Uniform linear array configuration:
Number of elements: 48
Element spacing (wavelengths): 1
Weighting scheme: hamming
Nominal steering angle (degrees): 30
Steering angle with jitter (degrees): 28.589
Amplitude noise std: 0.05
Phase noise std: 0.05

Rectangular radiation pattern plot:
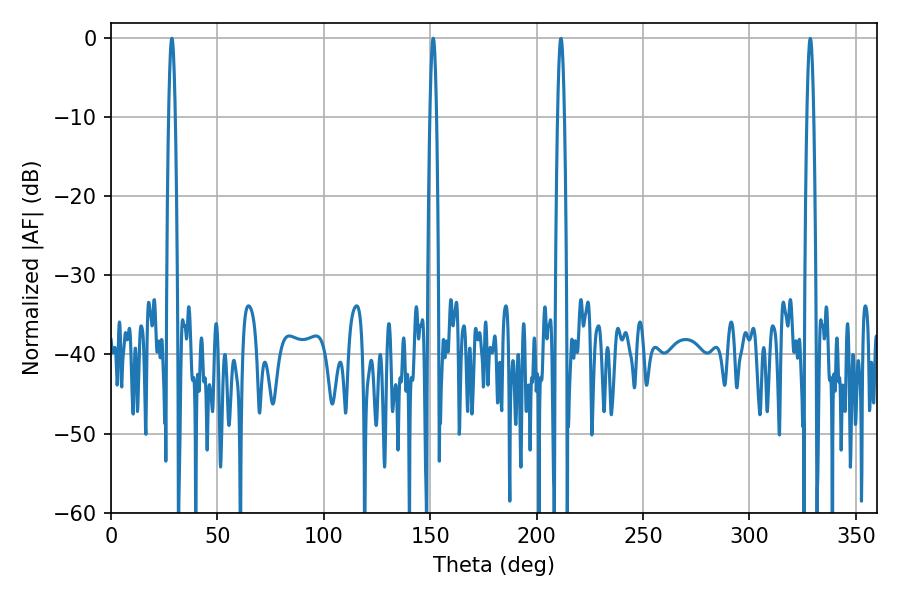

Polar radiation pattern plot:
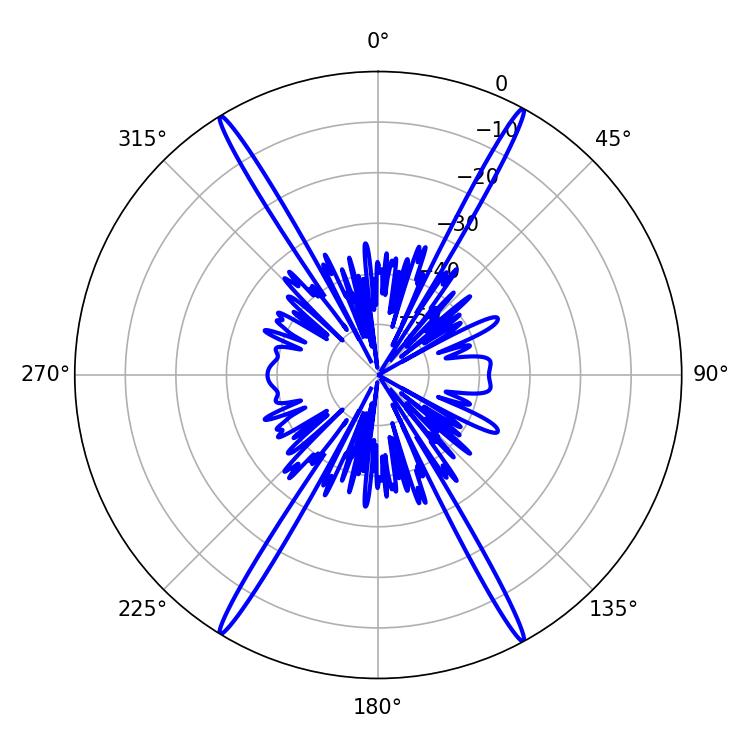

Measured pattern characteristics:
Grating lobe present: TRUE
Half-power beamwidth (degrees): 1.62
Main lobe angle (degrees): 28.62